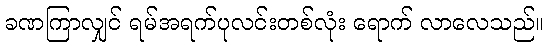
ခဏကြာလျှင် ရမ်အရက်ပုလင်းတစ်လုံး ရောက် လာလေသည်။